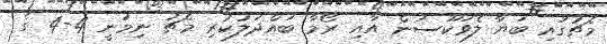
މެޗުގައި ބަޔާ ލެވަކޫސަން އާއި ރޯމާ ބައްދަލުކުރި މެޗު ނިމުނީ 4-4 ގެ